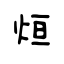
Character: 烜